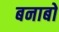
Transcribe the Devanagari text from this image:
बनाबो